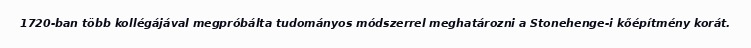
1720-ban több kollégájával megpróbálta tudományos módszerrel meghatározni a Stonehenge-i kőépítmény korát.